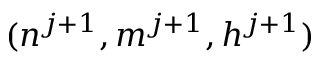
( n ^ { j + 1 } , m ^ { j + 1 } , h ^ { j + 1 } )